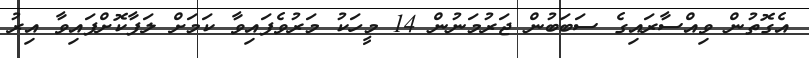
އެގޮތުން ވިއްސާރައިގެ ސަބަބުން ޖަރުމަނުން 14 މީހަކު މަރުވެފައިވާ ކަމަށް ލަފާކޮށްފައިވާ އިރު